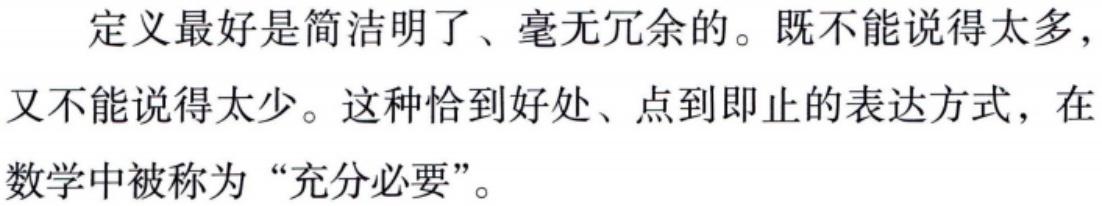
定义最好是简洁明了、毫无冗余的。既不能说得太多，又不能说得太少。这种恰到好处、点到即止的表达方式，在数学中被称为“充分必要”。